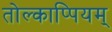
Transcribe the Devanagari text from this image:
तोल्काप्पियम्